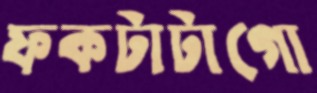
ফকটাটাগো